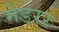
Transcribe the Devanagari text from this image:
मेडरर